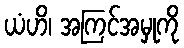
ယံဟိ၊ အကြင်အမှုကို